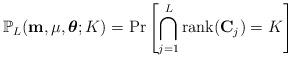
LaTeX: \begin{align*}\mathbb{P}_L(\mathbf{m}, \mu, \boldsymbol{\theta};K) = \Pr\left[\bigcap_{j=1}^{L} \mathrm{rank}(\mathbf{C}_{j}) = K\right]\end{align*}